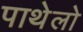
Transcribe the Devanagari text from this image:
पाथेलो